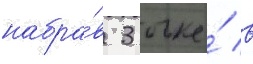
набра́в 3 очка́ в